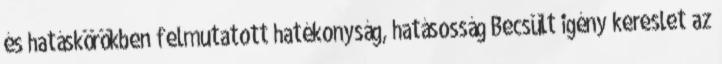
és hatáskörökben felmutatott hatékonyság, hatásosság Becsült igény kereslet az